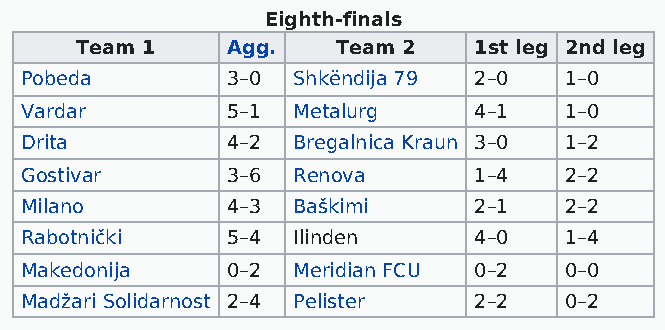
Eighth-finals
 Team 1    Agg.   Team 2   1st leg 2nd leg
 Pobeda        3–0 Shkëndija 79 2–0  1–0
 Vardar        5–1 Metalurg    4–1   1–0
 Drita         4–2 Bregalnica Kraun 3–0 1–2
 Gostivar      3–6 Renova      1–4   2–2
 Milano        4–3 Baškimi     2–1   2–2
 Rabotnički    5–4 Ilinden     4–0   1–4
 Makedonija    0–2 Meridian FCU 0–2  0–0
 Madžari Solidarnost 2–4 Pelister 2–2 0–2